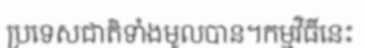
ប្រទេសជាតិទាំងមូលបាន។កម្មវិធីនេះ